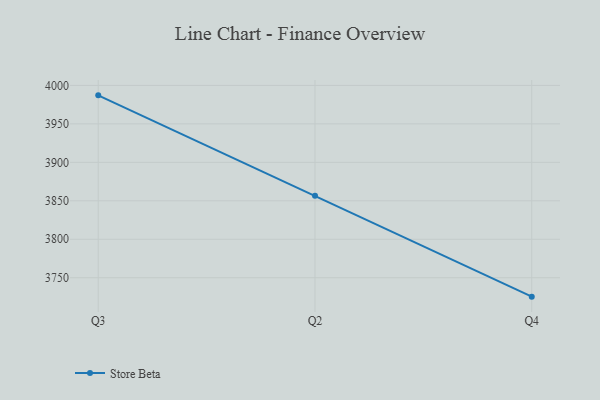
{"axis": {"x": "Quarter", "y": "Website Visitors"}, "legend": ["Store Beta"], "data": [{"x": "Q3", "y": 3987.1, "type": "Store Beta"}, {"x": "Q2", "y": 3856.6, "type": "Store Beta"}, {"x": "Q4", "y": 3725.4, "type": "Store Beta"}]}